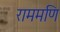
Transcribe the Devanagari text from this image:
राममणि